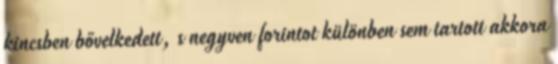
kincsben bővelkedett, s negyven forintot különben sem tartott akkora